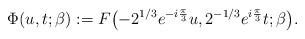
LaTeX: \begin{gather*}\Phi(u,t;\beta) := F\bigl({-}2^{1/3}e^{-i\frac{\pi}{3}}u, 2^{-1/3}e^{i\frac{\pi}{3}}t;\beta\bigr).\end{gather*}